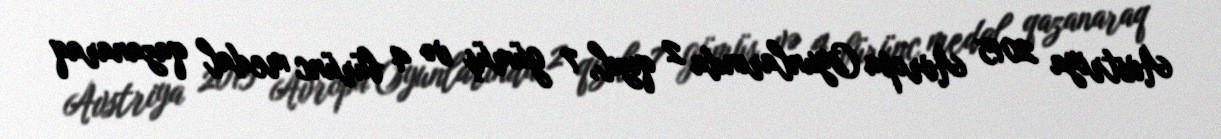
Avstriya 2015 Avropa Oyunlarında 2 qızıl, 7 gümüş və 4 bürünc medal qazanaraq